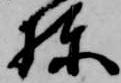
棟